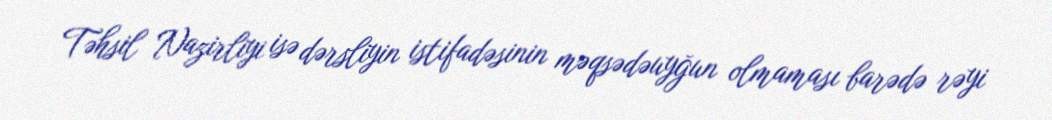
Təhsil Nazirliyi isə dərsliyin istifadəsinin məqsədəuyğun olmaması barədə rəyi